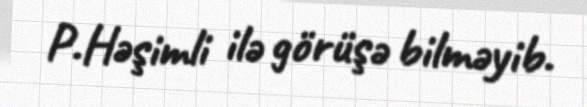
P.Həşimli ilə görüşə bilməyib.